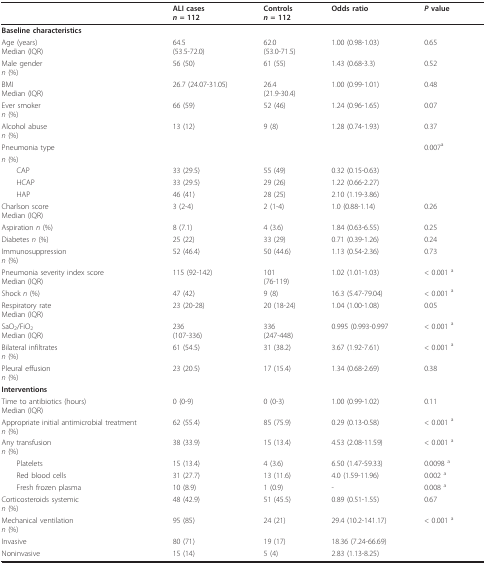
<table><thead><tr><td></td><td><b>ALI cases<i>n </i>= 112</b></td><td><b>Controls<i>n </i>= 112</b></td><td><b>Odds ratio</b></td><td><b><i>P </i>value</b></td></tr></thead><tbody><tr><td colspan="5"><b>Baseline characteristics</b></td></tr><tr><td>Age (years)Median (IQR)</td><td>64.5(53.5-72.0)</td><td>62.0(53.0-71.5)</td><td>1.00 (0.98-1.03)</td><td>0.65</td></tr><tr><td>Male gender<i>n </i>(%)</td><td>56 (50)</td><td>61 (55)</td><td>1.43 (0.68-3.3)</td><td>0.52</td></tr><tr><td>BMIMedian (IQR)</td><td>26.7 (24.07-31.05)</td><td>26.4(21.9-30.4)</td><td>1.00 (0.99-1.01)</td><td>0.48</td></tr><tr><td>Ever smoker<i>n </i>(%)</td><td>66 (59)</td><td>52 (46)</td><td>1.24 (0.96-1.65)</td><td>0.07</td></tr><tr><td>Alcohol abuse<i>n </i>(%)</td><td>13 (12)</td><td>9 (8)</td><td>1.28 (0.74-1.93)</td><td>0.37</td></tr><tr><td>Pneumonia type</td><td></td><td></td><td></td><td>0.007<sup>a</sup></td></tr><tr><td><i>n </i>(%)</td><td></td><td></td><td></td><td></td></tr><tr><td> CAP</td><td>33 (29.5)</td><td>55 (49)</td><td>0.32 (0.15-0.63)</td><td></td></tr><tr><td> HCAP</td><td>33 (29.5)</td><td>29 (26)</td><td>1.22 (0.66-2.27)</td><td></td></tr><tr><td> HAP</td><td>46 (41)</td><td>28 (25)</td><td>2.10 (1.19-3.86)</td><td></td></tr><tr><td>Charlson scoreMedian (IQR)</td><td>3 (2-4)</td><td>2 (1-4)</td><td>1.0 (0.88-1.14)</td><td>0.26</td></tr><tr><td>Aspiration <i>n </i>(%)</td><td>8 (7.1)</td><td>4 (3.6)</td><td>1.84 (0.63-6.55)</td><td>0.25</td></tr><tr><td>Diabetes <i>n </i>(%)</td><td>25 (22)</td><td>33 (29)</td><td>0.71 (0.39-1.26)</td><td>0.24</td></tr><tr><td>Immunosuppression<i>n </i>(%)</td><td>52 (46.4)</td><td>50 (44.6)</td><td>1.13 (0.54-2.36)</td><td>0.73</td></tr><tr><td>Pneumonia severity index scoreMedian (IQR)</td><td>115 (92-142)</td><td>101(76-119)</td><td>1.02 (1.01-1.03)</td><td>&lt; 0.001 <sup>a</sup></td></tr><tr><td>Shock <i>n </i>(%)</td><td>47 (42)</td><td>9 (8)</td><td>16.3 (5.47-79.04)</td><td>&lt; 0.001 <sup>a</sup></td></tr><tr><td>Respiratory rateMedian (IQR)</td><td>23 (20-28)</td><td>20 (18-24)</td><td>1.04 (1.00-1.08)</td><td>0.05</td></tr><tr><td>SaO<sub>2</sub>/FiO<sub>2</sub>Median (IQR)</td><td>236(107-336)</td><td>336(247-448)</td><td>0.995 (0.993-0.997</td><td>&lt; 0.001 <sup>a</sup></td></tr><tr><td>Bilateral infiltrates<i>n </i>(%)</td><td>61 (54.5)</td><td>31 (38.2)</td><td>3.67 (1.92-7.61)</td><td>&lt; 0.001 <sup>a</sup></td></tr><tr><td>Pleural effusion<i>n </i>(%)</td><td>23 (20.5)</td><td>17 (15.4)</td><td>1.34 (0.68-2.69)</td><td>0.38</td></tr><tr><td colspan="5"><b>Interventions</b></td></tr><tr><td>Time to antibiotics (hours)Median (IQR)</td><td>0 (0-9)</td><td>0 (0-3)</td><td>1.00 (0.99-1.02)</td><td>0.11</td></tr><tr><td>Appropriate initial antimicrobial treatment<i>n </i>(%)</td><td>62 (55.4)</td><td>85 (75.9)</td><td>0.29 (0.13-0.58)</td><td>&lt; 0.001 <sup>a</sup></td></tr><tr><td>Any transfusion<i>n </i>(%)</td><td>38 (33.9)</td><td>15 (13.4)</td><td>4.53 (2.08-11.59)</td><td>&lt; 0.001 <sup>a</sup></td></tr><tr><td> Platelets</td><td>15 (13.4)</td><td>4 (3.6)</td><td>6.50 (1.47-59.33)</td><td>0.0098 <sup>a</sup></td></tr><tr><td> Red blood cells</td><td>31 (27.7)</td><td>13 (11.6)</td><td>4.0 (1.59-11.96)</td><td>0.002 <sup>a</sup></td></tr><tr><td> Fresh frozen plasma</td><td>10 (8.9)</td><td>1 (0.9)</td><td>-</td><td>0.008 <sup>a</sup></td></tr><tr><td>Corticosteroids systemic<i>n </i>(%)</td><td>48 (42.9)</td><td>51 (45.5)</td><td>0.89 (0.51-1.55)</td><td>0.67</td></tr><tr><td>Mechanical ventilation<i>n </i>(%)</td><td>95 (85)</td><td>24 (21)</td><td>29.4 (10.2-141.17)</td><td>&lt; 0.001 <sup>a</sup></td></tr><tr><td>Invasive</td><td>80 (71)</td><td>19 (17)</td><td>18.36 (7.24-66.69)</td><td></td></tr><tr><td>Noninvasive</td><td>15 (14)</td><td>5 (4)</td><td>2.83 (1.13-8.25)</td><td></td></tr></tbody></table>